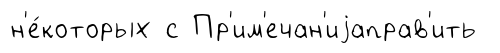
н'е́которых с Пр'им'ечан'иjаправ'ить